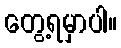
တွေ့ရမှာပါ။